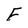
Character: F